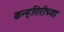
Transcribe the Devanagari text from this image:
कन्हगिरीच्या